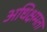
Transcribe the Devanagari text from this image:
अधिक्षमता